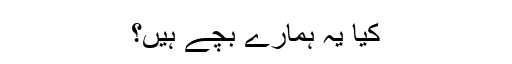
کیا یہ ہمارے بچے ہیں؟